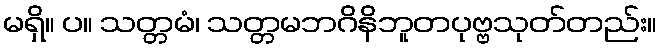
မရှိ။ ပ။ သတ္တမံ၊ သတ္တမဘဂိနိဘူတပုဗ္ဗသုတ်တည်း။